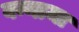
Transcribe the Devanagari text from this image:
वन्नामा